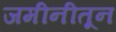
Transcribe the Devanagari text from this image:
जमीनीतून